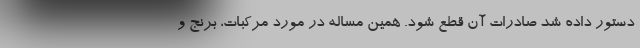
دستور داده شد صادرات آن قطع شود. همین مساله در مورد مرکبات، برنج و